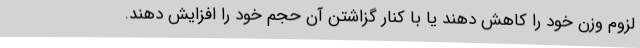
لزوم وزن خود را کاهش دهند یا با کنار گزاشتن آن حجم خود را افزایش دهند.